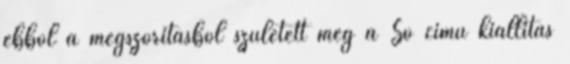
ebből a megszorításból született meg a Só című kiállítás